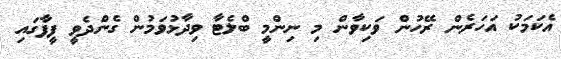
އެކަމަކު އަހަރެން ރޭހުން ވަކިވާން މި ނިންމީ ބްލެޓާ ވިދާޅުވަމުން ގެންދެވީ ފީފާގައި